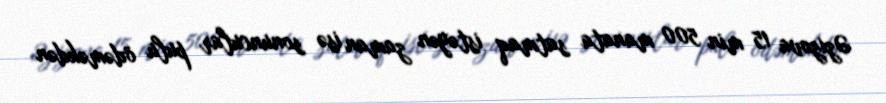
Əzizova 15 min 500 manata satmaq istəyən zaman isə sonuncular pulu ödəməkdən